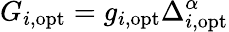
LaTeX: G_{i,\mathrm{opt}}=g_{i,\mathrm{opt}}\Delta_{i,\mathrm{opt}}^{\alpha}